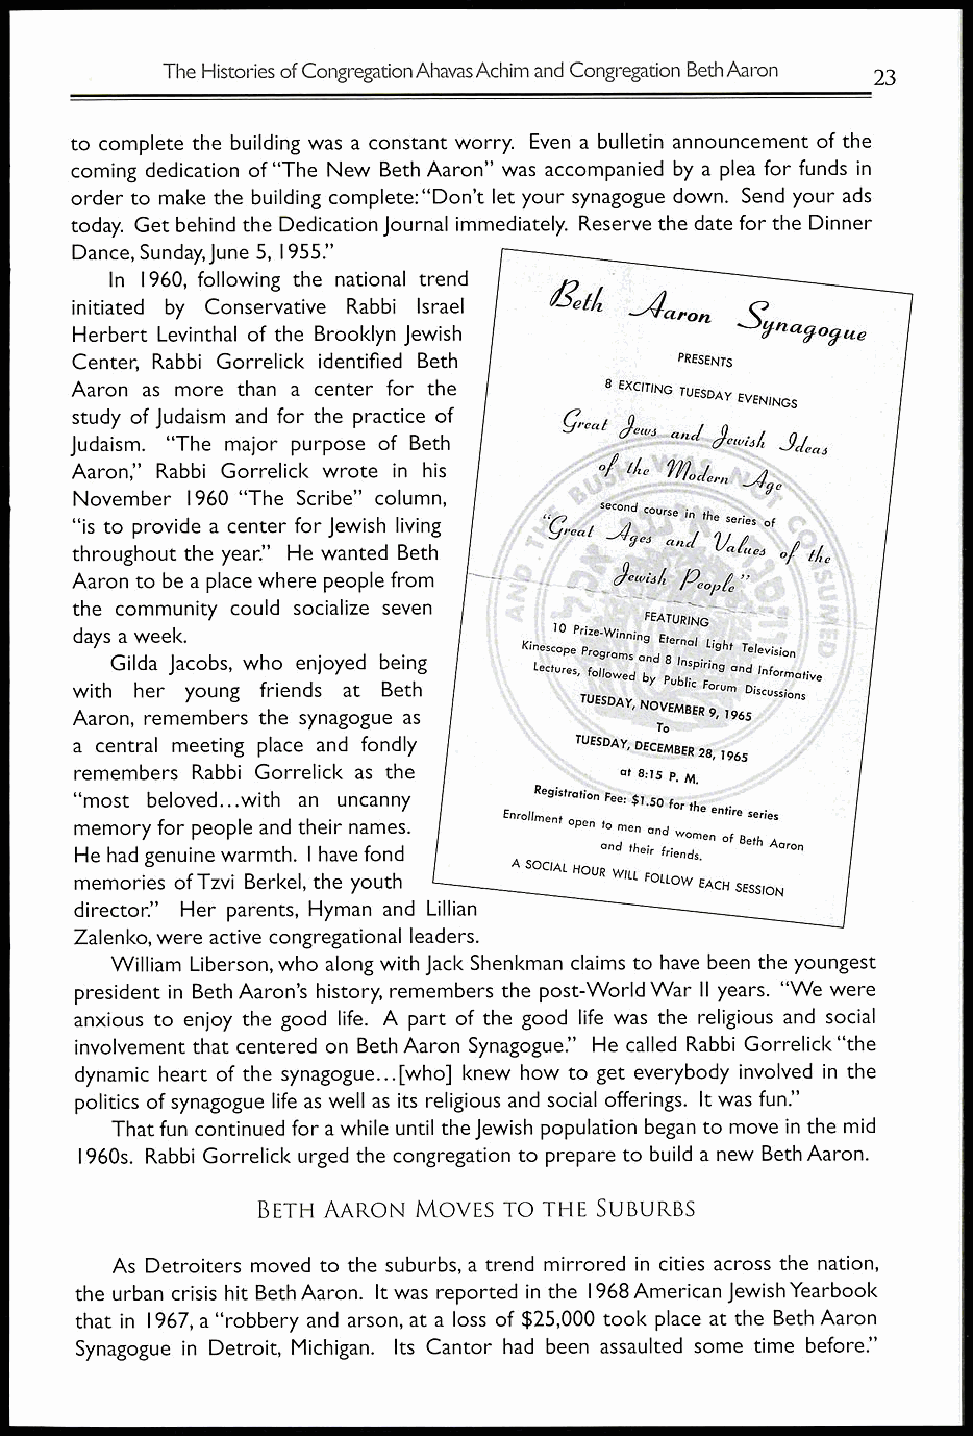
The Histories of Congregation Ahavas Achim and Congregation Beth Aaron
 23
 to complete the building was a constant worry. Even a bulletin announcement of the
 coming dedication of "The New Beth Aaron" was accompanied by a plea for funds in
 order to make the building complete: "Don't let your synagogue down. Send your ads
 today. Get behind the Dedication Journal immediately. Reserve the date for the Dinner
 Dance, Sunday, June 5, 1955."
 In 1960, following the national trend
 Ned
 initiated by Conservative Rabbi Israel      S
 anon
 Herbert Levinthal of the Brooklyn Jewish     Ynagoytte
 Center, Rabbi Gorrelick identified Beth PRESENTS
 Aaron as more than a center for the
 8 EXCITING TUESDAY EVENINGS
 study of Judaism and for the practice of ceal
 crud
 Judaism. "The major purpose of Beth    and     Aleai
 Aaron," Rabbi Gorrelick wrote in his 0/ de
 November 1960 "The Scribe" column,
 second course in the series of
 "is to provide a center for Jewish living
 Pea 'J and  f
 throughout the year." He wanted Beth        aeJ ci do
 Aaron to be a place where people from I -0- i t 4/1 ewt.d/z. Peopia'' it) \\Cal,
 the community could socialize seven   FEATURING.- .,....itril
 days a week.                                     rni
 10 Prize-Winning Eternal Li ght Television i
 Kinescope Pro
 Gilda Jacobs, who enjoyed being  g rams and    4`.
 8 Inspiring and Informative
 Lectures, followed by Public Forum Discussions
 with her young friends at Beth
 TUESDAY, NO
 Aaron, remembers the synagogue as      VEMBER 9, 1965
 To
 a central meeting place and fondly TUESDAY, DECEMBER
 28, 1965
 remembers Rabbi Gorrelick as the    at 8:15 P. M.
 64. most beloved...with an uncanny Registration Fee: $1.50
 for the entire series
 memory for people and their names. Enrollment open to men and women of Beth Aaron
 He had genuine warmth. I have fond and their friends.
 memories of Tzvi Berke!, the youth A SOCIAL HOUR WILL FOLLOW EACH
 SESSION
 director." Her parents, Hyman and Lillian
 Zalenko, were active congregational leaders.
 William Liberson, who along with Jack Shenkman claims to have been the youngest
 president in Beth Aaron's history, remembers the post-World War II years. "We were
 anxious to enjoy the good life. A part of the good life was the religious and social
 involvement that centered on Beth Aaron Synagogue." He called Rabbi Gorrelick "the
 dynamic heart of the synagogue... [who] knew how to get everybody involved in the
 politics of synagogue life as well as its religious and social offerings. It was fun."
 That fun continued for a while until the Jewish population began to move in the mid
 1960s. Rabbi Gorrelick urged the congregation to prepare to build a new Beth Aaron.
 BETH AARON MOVES TO THE SUBURBS
 As Detroiters moved to the suburbs, a trend mirrored in cities across the nation,
 the urban crisis hit Beth Aaron. It was reported in the 1968 American Jewish Yearbook
 that in 1967, a "robbery and arson, at a loss of $25,000 took place at the Beth Aaron
 Synagogue in Detroit, Michigan. Its Cantor had been assaulted some time before."